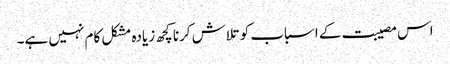
اس مصیبت کے اسباب کو تلاش کرنا کچھ زیادہ مشکل کام نہیں ہے۔